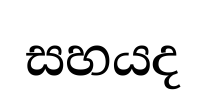
සහයද